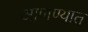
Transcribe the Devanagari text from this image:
आणण्यात